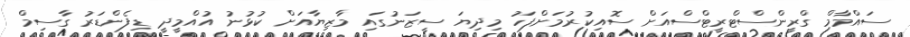
ސައްމާމް ގްރީންސްޓްރީޓްސްއަށް ސޮއިކުރުމަށްފަހު މިދިޔަ ސީޒަނުގައި މާޒިޔާއަށް ކުުޅުނު އުއްމީދީ ޑިފެންޑަރު ގާސިމް